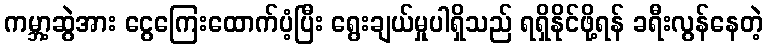
ကမ္ဘာ့ဆွဲအား ငွေကြေးထောက်ပံ့ပြီး ရွေးချယ်မှုပါရှိသည် ရရှိနိုင်ဖို့ရန် ခရီးလွန်နေတဲ့